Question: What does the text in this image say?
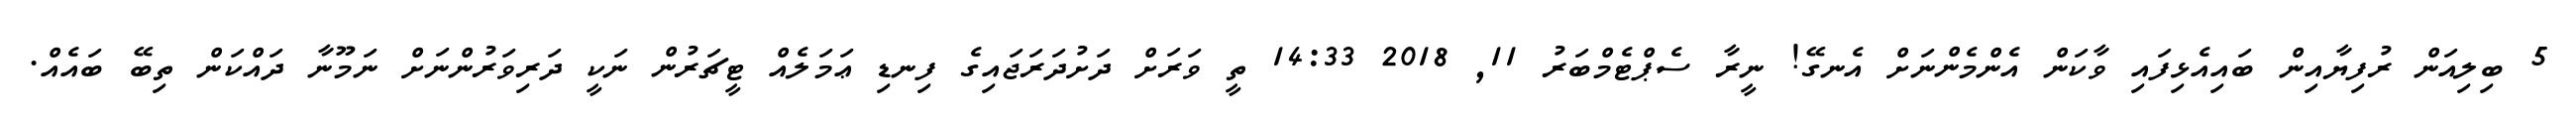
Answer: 5 ބިލިއަން ރުފިޔާއިން ބައިއެޅިފައި ވާކަން އެންމެންނަށް އެނގޭ! ނީރާ ސެޕްޓެމްބަރު 11, 2018 14:33 ތީ ވަރަށް ދަށުދަރަޖައިގެ ފިނޑި ޢަމަލެއް ޓީޗަރުން ނަކީ ދަރިވަރުންނަށް ނަމޫނާ ދައްކަން ތިބޭ ބައެއް.